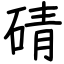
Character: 碃